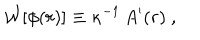
{ \cal W } [ \phi ( r ) ] \equiv \kappa ^ { - 1 } \, A ^ { \prime } ( r ) \ ,